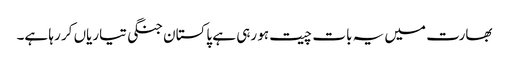
بھارت میں یہ بات چیت ہو رہی ہے پاکستان جنگی تیاریاں کر رہا ہے۔